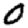
Digit: 0